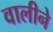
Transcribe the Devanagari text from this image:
वालीने